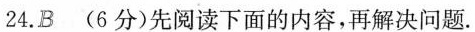
24.B(6分)先阅读下面的内容，再解决问题。